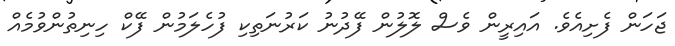
ޖަހަން ފެށިއެވެ. އައިރީން ވެސް ލޮލުން ފޭދުނު ކަރުނަތިކި ފުހެލަމުން ފޭކް ހިނިތުންވުމެއް